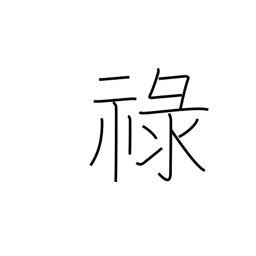
Meaning: allowance